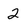
Character: 2